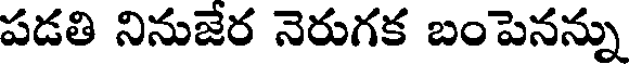
పడతి నినుజేర నెరుగక బంపెనన్ను